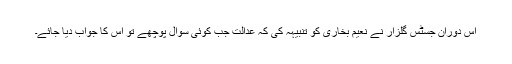
اس دوران جسٹس گلزار نے نعیم بخاری کو تنبیہہ کی کہ عدالت جب کوئی سوال پوچھے تو اس کا جواب دیا جائے۔